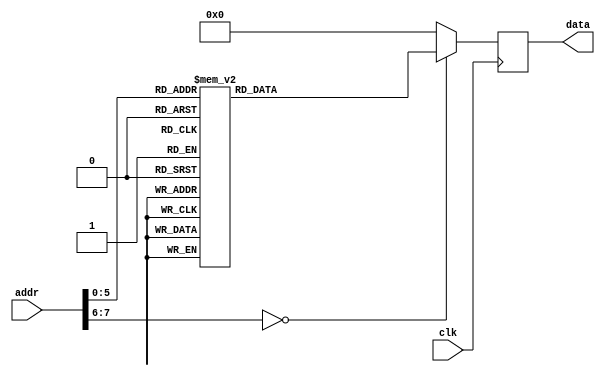
module rom #(
        parameter   DATA_WIDTH = 16,
        parameter   ADDR_WIDTH = 8          // 2 * 1024 bytes of ROM
    )(
        input  wire                  clk,
        input  wire [ADDR_WIDTH-1:0] addr,  // here comes the program counter
        output  reg [DATA_WIDTH-1:0] data   // here goes the instruction
    );

    reg [DATA_WIDTH-1:0] value;

    always @* begin
        case (addr)
        		/*	 rjmp 	main 		*/
		0:		value = 16'b1100000000010111;
		/*	 reti 	 		*/
		1:		value = 16'b1001010100011000;
		/*	 reti 	 		*/
		2:		value = 16'b1001010100011000;
		/*	 reti 	 		*/
		3:		value = 16'b1001010100011000;
		/*	 reti 	 		*/
		4:		value = 16'b1001010100011000;
		/*	 reti 	 		*/
		5:		value = 16'b1001010100011000;
		/*	 reti 	 		*/
		6:		value = 16'b1001010100011000;
		/*	 reti 	 		*/
		7:		value = 16'b1001010100011000;
		/*	 reti 	 		*/
		8:		value = 16'b1001010100011000;
		/*	 rjmp 	tim0_compa_isr 		*/
		9:		value = 16'b1100000000000111;
		/*	 reti 	 		*/
		10:		value = 16'b1001010100011000;
		/*	 reti 	 		*/
		11:		value = 16'b1001010100011000;
		/*	 reti 	 		*/
		12:		value = 16'b1001010100011000;
		/*	 reti 	 		*/
		13:		value = 16'b1001010100011000;
		/*	 reti 	 		*/
		14:		value = 16'b1001010100011000;
		/*	 reti 	 		*/
		15:		value = 16'b1001010100011000;
		/*	 reti 	 		*/
		16:		value = 16'b1001010100011000;
		/*	 in 	r17, porta 		*/
		17:		value = 16'b1011000100010010;
		/*	 ldi 	r16, 0b00000001 		*/
		18:		value = 16'b1110000000000001;
		/*	 add 	r17, r16 		*/
		19:		value = 16'b0000111100010000;
		/*	 ldi 	r16, 0b00000001 		*/
		20:		value = 16'b1110000000000001;
		/*	 and 	r17, r16 		*/
		21:		value = 16'b0010001100010000;
		/*	 out 	porta, r17 		*/
		22:		value = 16'b1011100100010010;
		/*	 reti 	 		*/
		23:		value = 16'b1001010100011000;
		/*	 ldi 	r17, 0b00000001 		*/
		24:		value = 16'b1110000000010001;
		/*	 out 	ddra, r17 		*/
		25:		value = 16'b1011100100010001;
		/*	 ldi 	r17, 0b00000000 		*/
		26:		value = 16'b1110000000010000;
		/*	 out 	porta, r17 		*/
		27:		value = 16'b1011100100010010;
		/*	 ldi 	r17, 42 		*/
		28:		value = 16'b1110001000011010;
		/*	 out 	ocr0a, r17 		*/
		29:		value = 16'b1011101100010110;
		/*	 ldi 	r17, 0b11110010 		*/
		30:		value = 16'b1110111100010010;
		/*	 out 	tccr0a, r17 		*/
		31:		value = 16'b1011101100011001;
		/*	 ldi 	r17, 0b00000001 		*/
		32:		value = 16'b1110000000010001;
		/*	 out 	tccr0b, r17 		*/
		33:		value = 16'b1011101100011000;
		/*	 ldi 	r16, 0b00000010 		*/
		34:		value = 16'b1110000000000010;
		/*	 out 	timsk, r16 		*/
		35:		value = 16'b1011110100000110;
		/*	 ldi 	r16, 0b00000001 		*/
		36:		value = 16'b1110000000000010;
		/*	 out 	tifr, r16 		*/
		37:		value = 16'b1011110100000101;
		/*	 sei 	 		*/
		38:		value = 16'b1001010001111000;
		/*	 rjmp 	loop 		*/
		39:		value = 16'b1100111111111111;
		default:		value = 16'b0000000000000000;


        endcase
    end

    always @(negedge clk) begin
        data <= value;
    end

endmodule